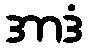
အာဒံ